Vaccination in Bombay 1924-1928 - 1924-1928
Year: 1924
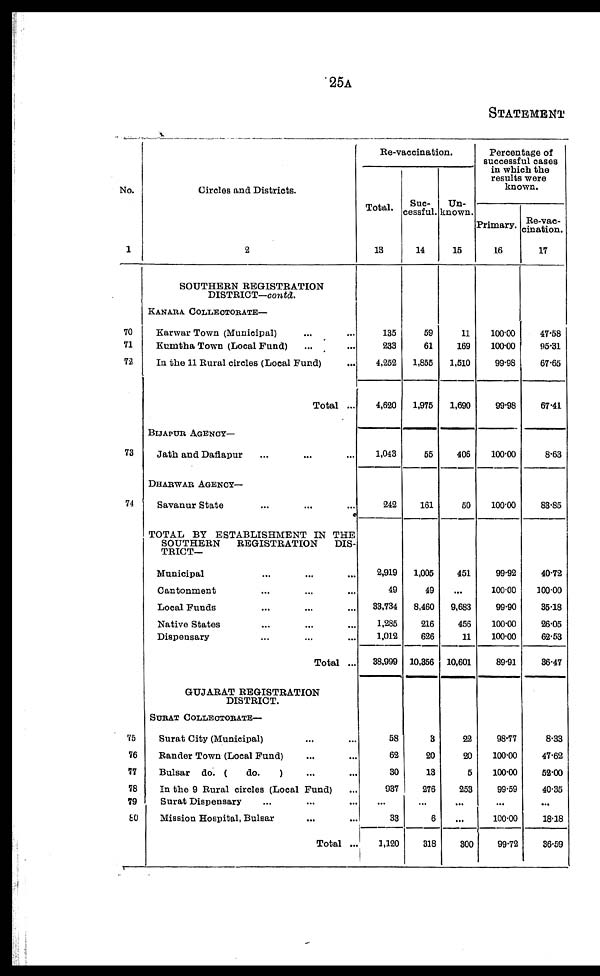
25A
STATEMENT
No.
1
70
71
72
73
74
75
76
77
78
79
80
Circles and Districts.
2
SOUTHERN REGISTRATION
DISTRICT—contd.
KANARA COLLECTORATE—
Karwar Town (Municipal) ... ...
Kumtha Town (Local Fund) ... ...
In the 11 Rural circles (Local Fund) ...
Total ...
BIJAPUR AGENCY—
Jath and Daflapur ... ... ...
DHARWAR AGENCY—
Savanur State ... ... ...
TOTAL BY ESTABLISHMENT IN THE
SOUTHERN
REGISTRATION
DIS-
TRICT—
Municipal ... ... ...
Cantonment ... ... ...
Local Funds ... ... ...
Native States ... ... ...
Dispensary ... ... ...
Total ...
GUJARAT REGISTRATION
DISTRICT.
SURAT COLLECTORATE—
Surat City (Municipal) ... ...
Rander Town (Local Fund) ... ...
Bulsar do. (
do.
) ... ...
In the 9 Rural circles (Local Fund) ...
Surat Dispensary ... ... ...
Mission Hospital, Bulsar ... ...
Total ...
Re-vaccination.
Total.
13
135
233
4,252
4,620
1,043
242
2,919
49
33,734
1,285
1,012
38,999
58
62
30
937
...
33
1,120
Suc-
cessful.
14
59
61
1,855
1,975
55
161
1,005
49
8,460
216
626
10,356
3
20
13
276
...
6
318
Un-
known.
15
11
169
1,510
1,690
406
50
451
...
9,683
456
11
10,601
22
20
5
253
...
...
300
Percentage of
successful cases
in which the
results were
known.
Primary.
16
100.00
100.00
99.98
99.98
100.00
100.00
99.92
100.00
99.90
100.00
100.00
89.91
98.77
100.00
100.00
99.59
...
100.00
99.72
Re-vac-
cination.
17
47.58
95.31
67.65
67.41
8.63
83.85
40.72
100.00
35.18
26.05
62.53
36.47
8.33
47.62
52.00
40.36
...
18.18
36.59